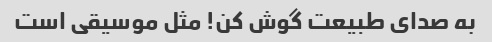
به صدای طبیعت گوش کن! مثل موسیقی است